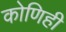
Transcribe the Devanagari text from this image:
कोणिही